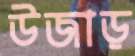
উজাড়